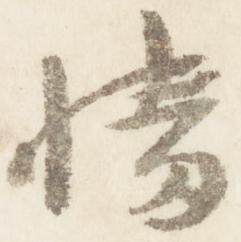
幡